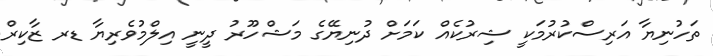
ތަހުނިޔާ އަރިސްކުރުމަކީ ޝިރުކެއް ކަމަށް ދުނިޔޭގެ މަޝްހޫރު ދީނީ އިލްމުވެރިޔާ ޑރ ޒާކިރް